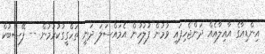
އިންޑިއާގެ އާއިލާއެއް ދަންޖެހިފައި ވުމުން ފުލުހުން އެމައްސަލަ ދަނީ ތަހްގީގުކުރަމުން -- ފޭސްބުކް